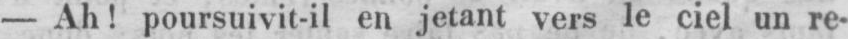
- Ah! poursuivit-il en jetant vers le ciel un re-